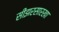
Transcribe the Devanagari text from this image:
सीझरसारखा